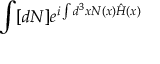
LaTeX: \int [ d N ] e ^ { i \int d ^ { 3 } x N ( x ) { \hat { H } } ( x ) }